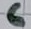
Text: 6